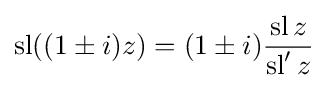
\operatorname {sl} ((1\pm i)z)=(1\pm i){\frac {\operatorname {sl} z}{\operatorname {sl} 'z}}